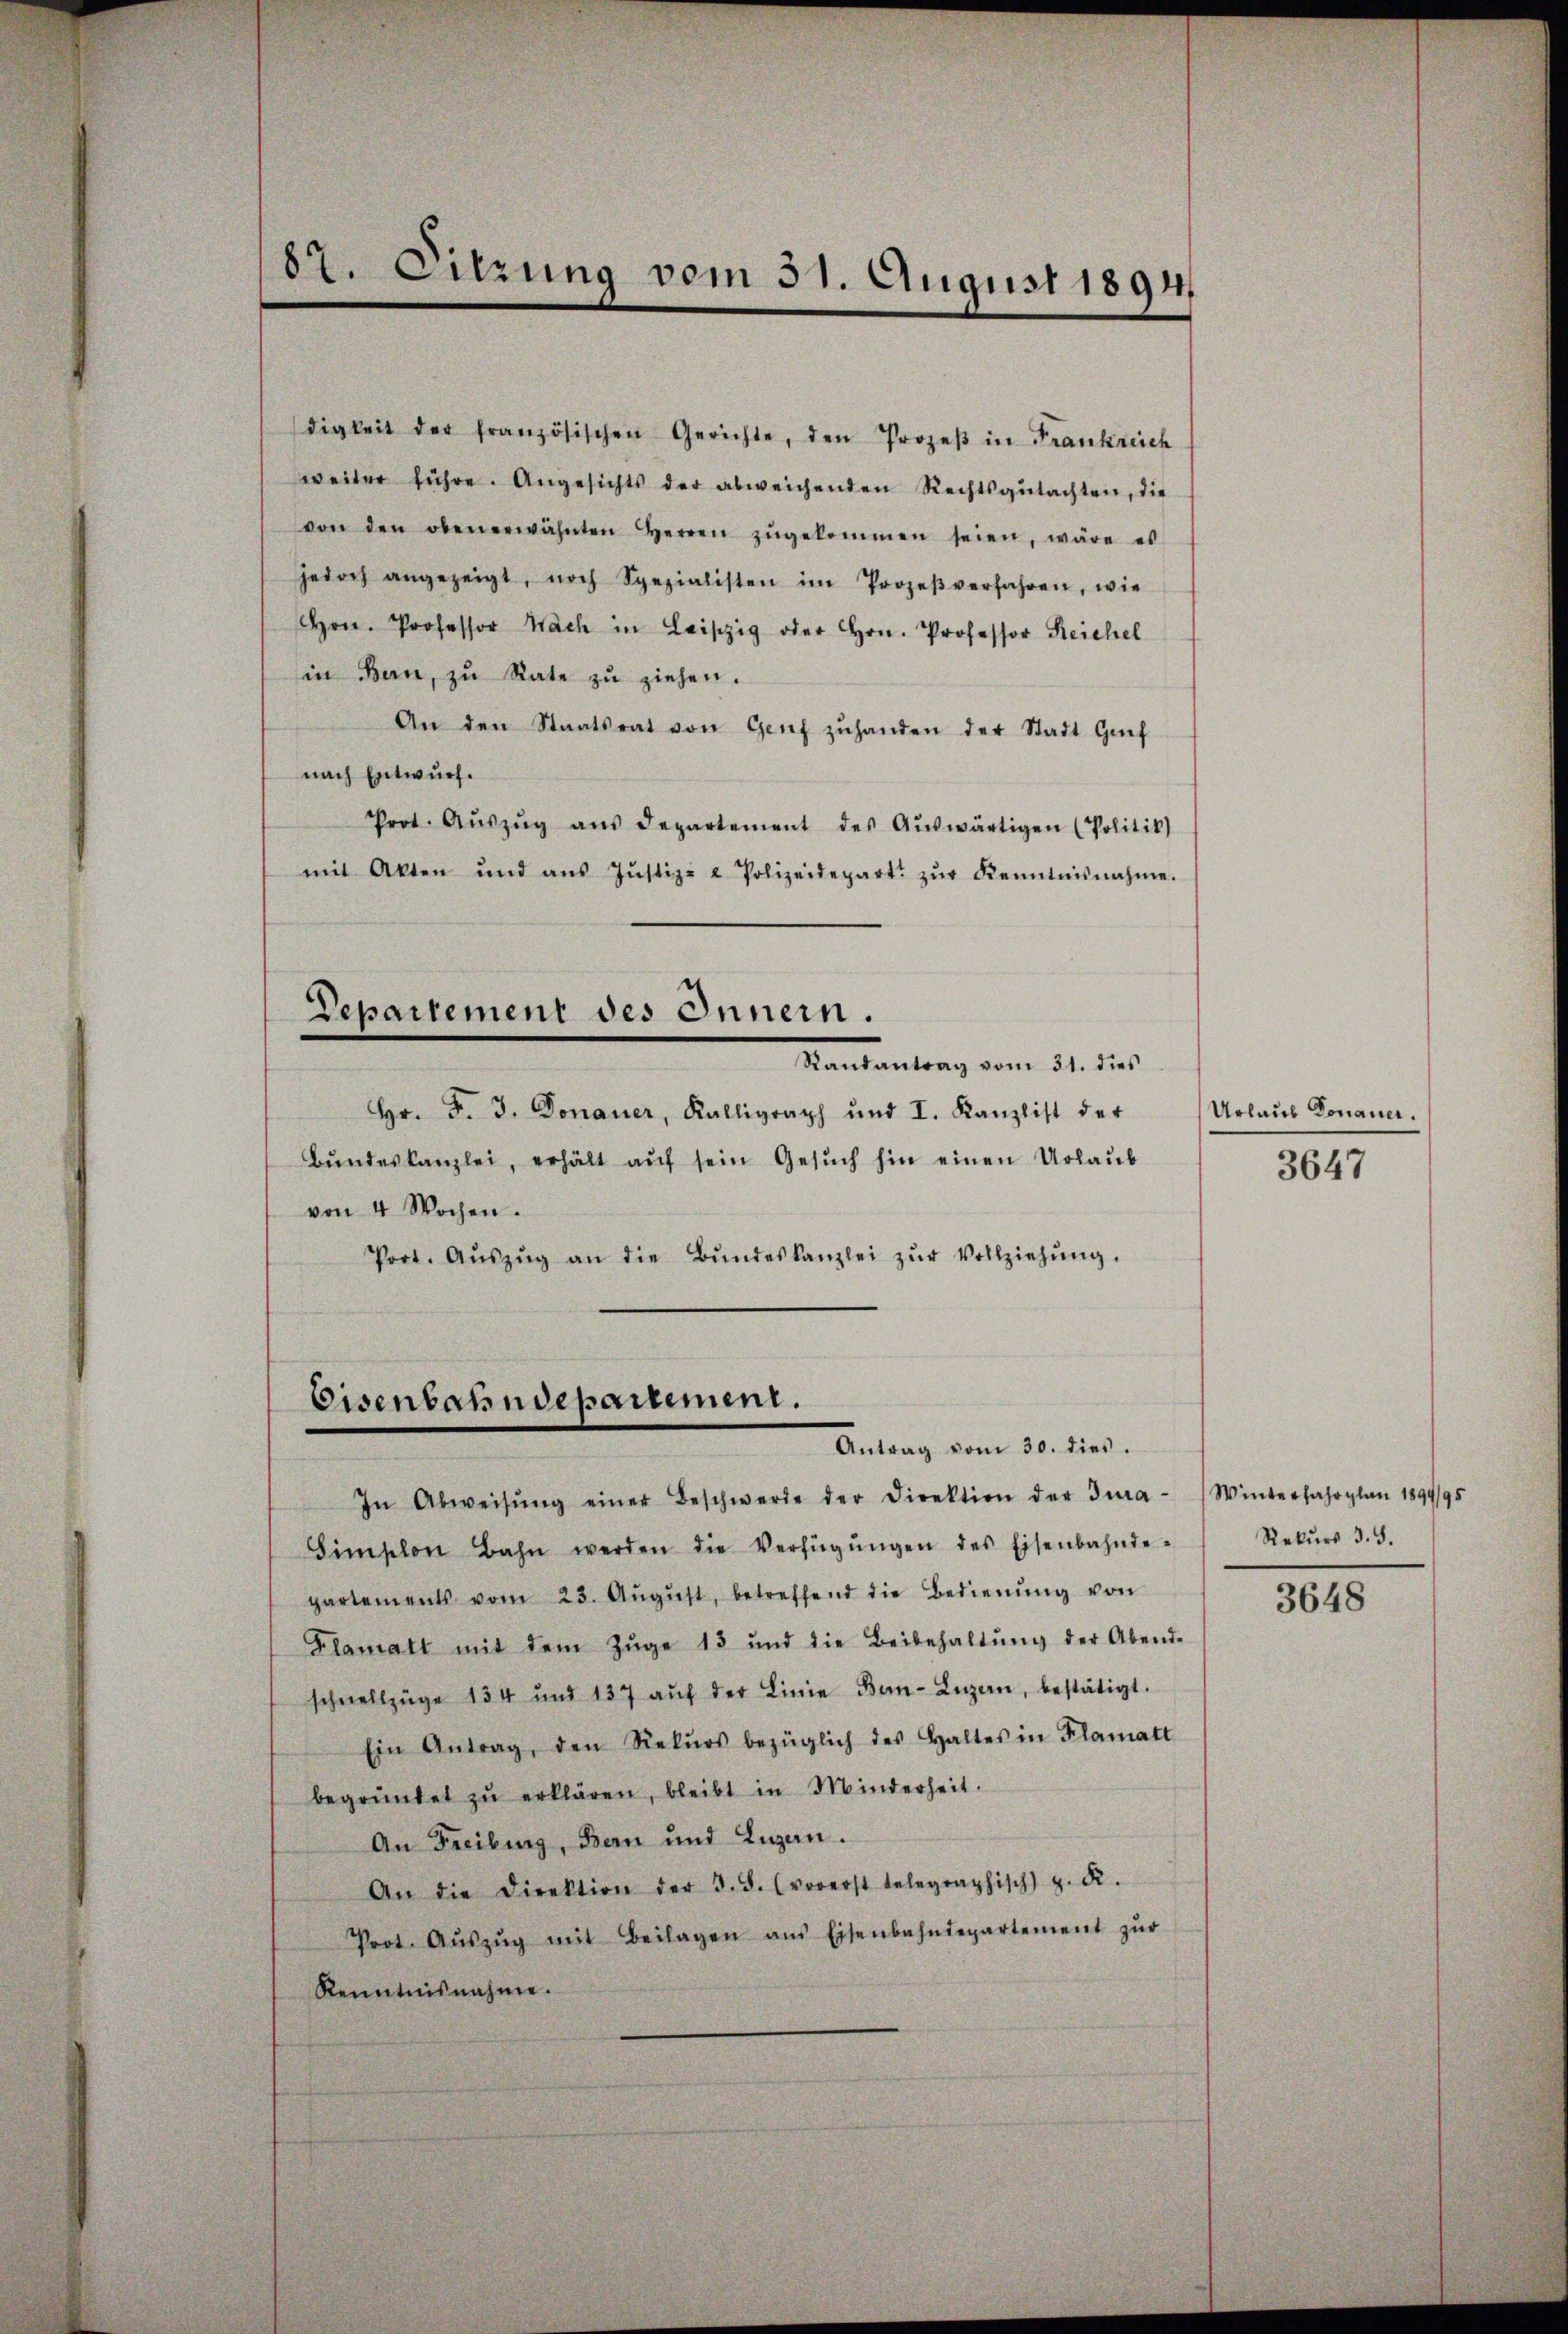
87. Sitzung vom 31. August 1894.

digkeit der französischen Gerichte, den Prozeβ in Frankreich
weiter führe. Angesichts der abweichenden Rechtsgutachten, die
von den obenerwähnten Herren zŭgekommen seien, wäre es
jedoch angezeigt, noch Spezialisten im Prozeβverfahren, wie
Hrn. Professor Nach in Leipzig oder Hrn. Professor Reichel
in Bern, zu Rate zŭ ziehen.
An den Staatsrat von Genf zŭhanden der Stadt Gŭf
nach Entwurf.
Prot. Aŭszŭg aŭs departement des Aŭswärtigen (Politik
mit Akten und aŭs Jŭstiz- & Polizeidepart zŭr Kenntnisnahme.
Departement des Innern.
Kantantrag vom 31. dies
Hr. F. J. Donauer, Kalligraph ŭnd I. Kanzlist der Urlaŭs Konana.
Bŭndeskanzlei, erhält aŭf sein Gesŭch hin einen Urlaub
von 4 Wochen.
Port. Aŭszŭg an die Bŭndeskanzlei zŭr Vollziehŭng.

Eisenbahndepartement.
Antrag vom 30. dies

In Abweisŭng einer Beschwerde der Direktion der Jura-Winterfahrplan 1894/95
Simplon Bahn werden die Verfügŭngen des Eisenbahnde-
partements vom 23. Aŭgŭst, betreffend die Bedienŭng von
Blamatt mit dem Zŭge 13 und die Beibehaltŭng der Abend-
schnellzüge 134 und 137 aŭf der Linie Ben-Luzern, bestätigt.
Ein Antrag, den Rekŭrs bezüglich des Haltes in Flamatt
begründet zŭ erklären, bleibt in Minderheit.
An Freiburg, Bern und Luzern.
An die Direktion der 3. F. (vorerst telegraphisch) z. R.
Prot. Aŭszŭg mit Beilagen ans Eisenbahndepartement zŭr
Kenntnisnahme.

3647

Rekurs d. 5.

3648